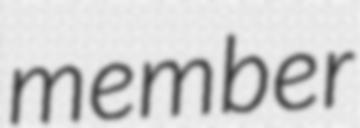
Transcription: member